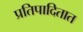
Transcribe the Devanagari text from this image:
प्रतिपादितात